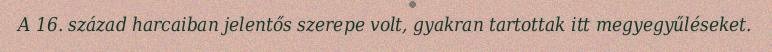
A 16. század harcaiban jelentős szerepe volt, gyakran tartottak itt megyegyűléseket.